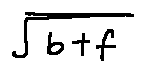
\sqrt { b + f }